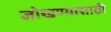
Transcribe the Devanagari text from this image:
जोखण्यासाठी